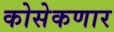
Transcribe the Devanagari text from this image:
कोसेकणार